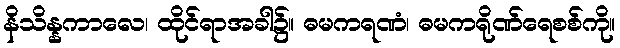
နိသိန္နကာလေ၊ ထိုင်ရာအခါ၌။ ဓမကရဏံ၊ ဓမကရိုဏ်ရေစစ်ကို။